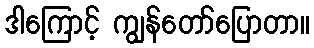
ဒါကြောင့် ကျွန်တော်ပြောတာ။